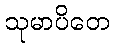
သုမာပိတေ